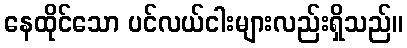
နေထိုင်သော ပင်လယ်ငါးများလည်းရှိသည်။